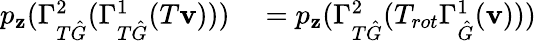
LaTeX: \begin{array}{rl}{p_{\mathbf{z}}(\Gamma_{T\hat{G}}^{2}(\Gamma_{T\hat{G}}^{1}(T\mathbf{v})))}&{{}=p_{\mathbf{z}}(\Gamma_{T\hat{G}}^{2}(T_{rot}\Gamma_{\hat{G}}^{1}(\mathbf{v})))}\end{array}